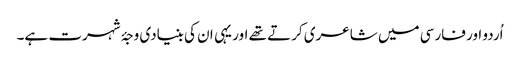
اُردو اور فارسی میں شاعری کرتے تھے اور یہی ان کی بنیادی وجۂ شہرت ہے۔